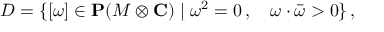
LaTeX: { \cal D } = \{ [ \omega ] \in { \bf P } ( M \otimes { \bf C } ) \mid \omega ^ { 2 } = 0 \, , \quad \omega \cdot \bar { \omega } > 0 \} \, ,